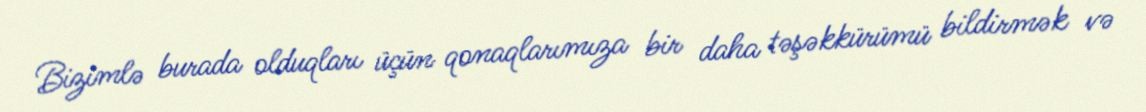
Bizimlə burada olduqları üçün qonaqlarımıza bir daha təşəkkürümü bildirmək və